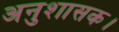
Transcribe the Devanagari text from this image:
अनुशासक।